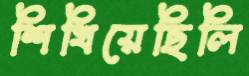
শিখিয়েছিলি